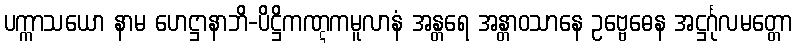
ပက္ကာသယော နာမ ဟေဋ္ဌာနာဘိ-ပိဋ္ဌိကဏ္ဋကမူလာနံ အန္တရေ အန္တာဝသာနေ ဥဗ္ဗေဓေန အဋ္ဌင်္ဂုလမတ္တော